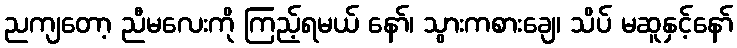
ညကျတော့ ညီမလေးကို ကြည့်ရမယ် နော်၊ သွားကစားချေ၊ သိပ် မဆူနှင့်နော်